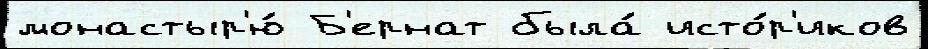
монастыр'ю́ Б'ернат была́ исто́р'иков